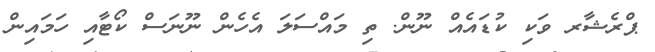
ޕްރެޝާރ ވަކި ކުޑައެއް ނޫން. ތި މައްސަލަ އެހެން ނޫނަސް ކޯޓާއި ހަމައިން